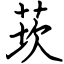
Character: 莰